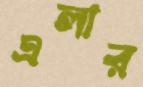
এলার